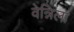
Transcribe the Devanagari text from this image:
वेन्निला